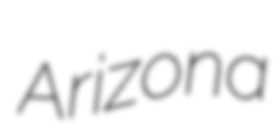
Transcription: Arizona